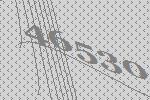
46530